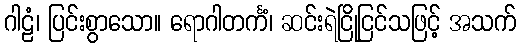
ဂါဠံ၊ ပြင်းစွာသော။ ရောဂါတင်္ကံ၊ ဆင်းရဲငြိုငြင်သဖြင့် အသက်